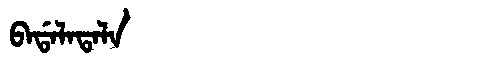
Manchu: ᠪᠠᡩᠠᠯᠠᡨᠠᠯᠠ
Romanization: BADALATALA